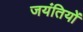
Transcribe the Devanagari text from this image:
जयंतियों